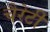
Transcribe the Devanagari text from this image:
चैरेटी